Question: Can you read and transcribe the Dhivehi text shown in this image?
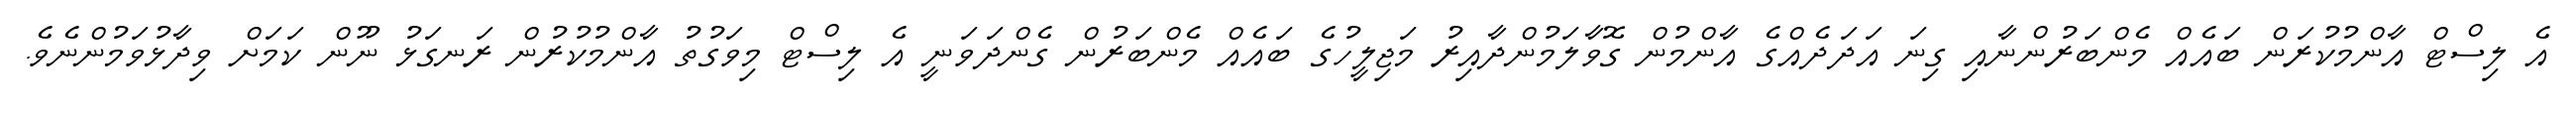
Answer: އެ ލިސްޓް އާންމުކުރަން ބައެއް މެންބަރުންނާއި ގިނަ އަދަދެއްގެ އާންމުން ގޮވާލަމުންދާއިރު މަޖިލީހުގެ ބައެއް މެންބަރުން ގެންދަވަނީ އެ ލިސްޓް މިވަގުތު އާންމުކުރުން ރަނގަޅު ނޫން ކަމަށް ވިދާޅުވަމުންނެވެ.